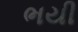
ભયી